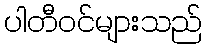
ပါတီဝင်များသည်